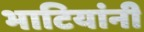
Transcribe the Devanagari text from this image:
भाटियांनी